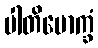
ပါတိမောက္ခံ